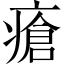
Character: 瘡